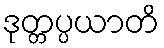
ဒုတ္တပ္ပယာတိ